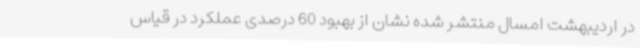
در اردیبهشت امسال منتشر شده نشان از بهبود 60 درصدی عملکرد در قیاس